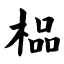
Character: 榀